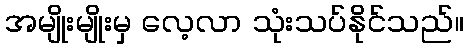
အမျိုးမျိုးမှ လေ့လာ သုံးသပ်နိုင်သည်။